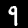
Digit: 9